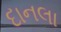
દાનલા